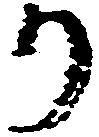
り